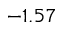
- 1 . 5 7